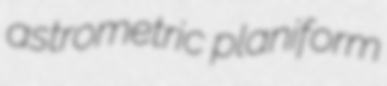
astrometric planiform